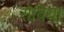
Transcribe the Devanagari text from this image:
रोबिया